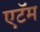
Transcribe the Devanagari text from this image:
एटॅम